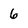
Character: 6